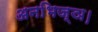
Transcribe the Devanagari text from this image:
अनभिज्ञ।